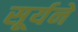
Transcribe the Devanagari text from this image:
सूर्यने